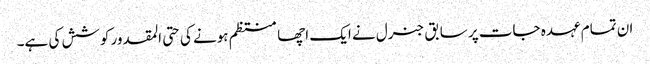
ان تمام عہدہ جات پر سابق جنرل نے ایک اچھا منتظم ہونے کی حتی المقدور کوشش کی ہے۔